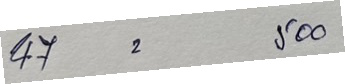
47 = 500